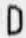
D